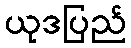
ယုဒပြည်